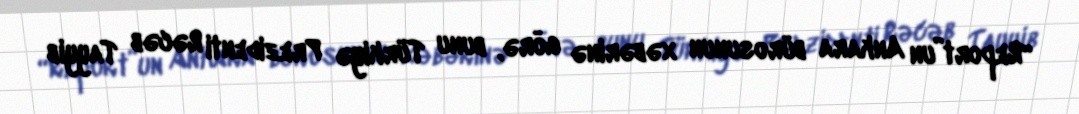
“Report”un Ankara bürosunun xəbərinə görə, bunu Türkiyə Prezidenti Rəcəb Tayyib